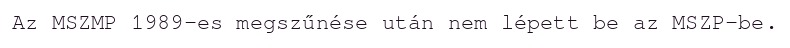
Az MSZMP 1989-es megszűnése után nem lépett be az MSZP-be.